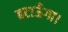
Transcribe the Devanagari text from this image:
हटाऊँगा।